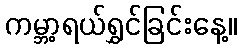
ကမ္ဘာ့ရယ်ရွှင်ခြင်းနေ့။